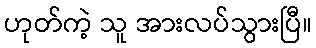
ဟုတ်ကဲ့ သူ အားလပ်သွားပြီ။